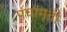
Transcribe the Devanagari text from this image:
पंचामृती